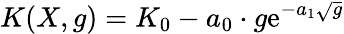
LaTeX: K(X,g)=K_{0}-a_{0}\cdot g\mathrm{e}^{-a_{1}\sqrt{g}}